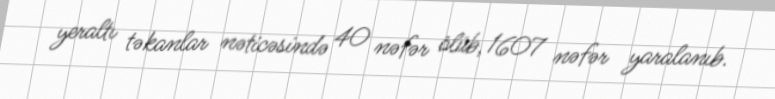
yeraltı təkanlar nəticəsində 40 nəfər ölüb, 1607 nəfər yaralanıb.